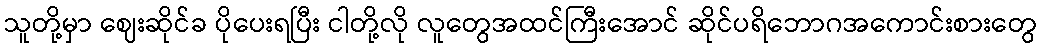
သူတို့မှာ ဈေးဆိုင်ခ ပိုပေးရပြီး ငါတို့လို လူတွေအထင်ကြီးအောင် ဆိုင်ပရိဘောဂအကောင်းစားတွေ